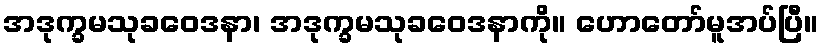
အဒုက္ခမသုခဝေဒနာ၊ အဒုက္ခမသုခဝေဒနာကို။ ဟောတော်မူအပ်ပြီ။